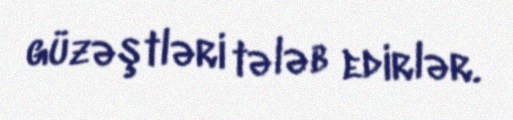
güzəştləri tələb edirlər.